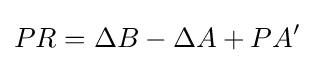
PR=\Delta B-\Delta A+PA'